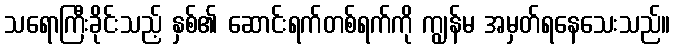
သရောကြီးခိုင်းသည့် နှစ်၏ ဆောင်းရက်တစ်ရက်ကို ကျွန်မ အမှတ်ရနေသေးသည်။